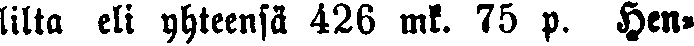
lilta eli yhteensä 426 mk. 75 p. Hen-